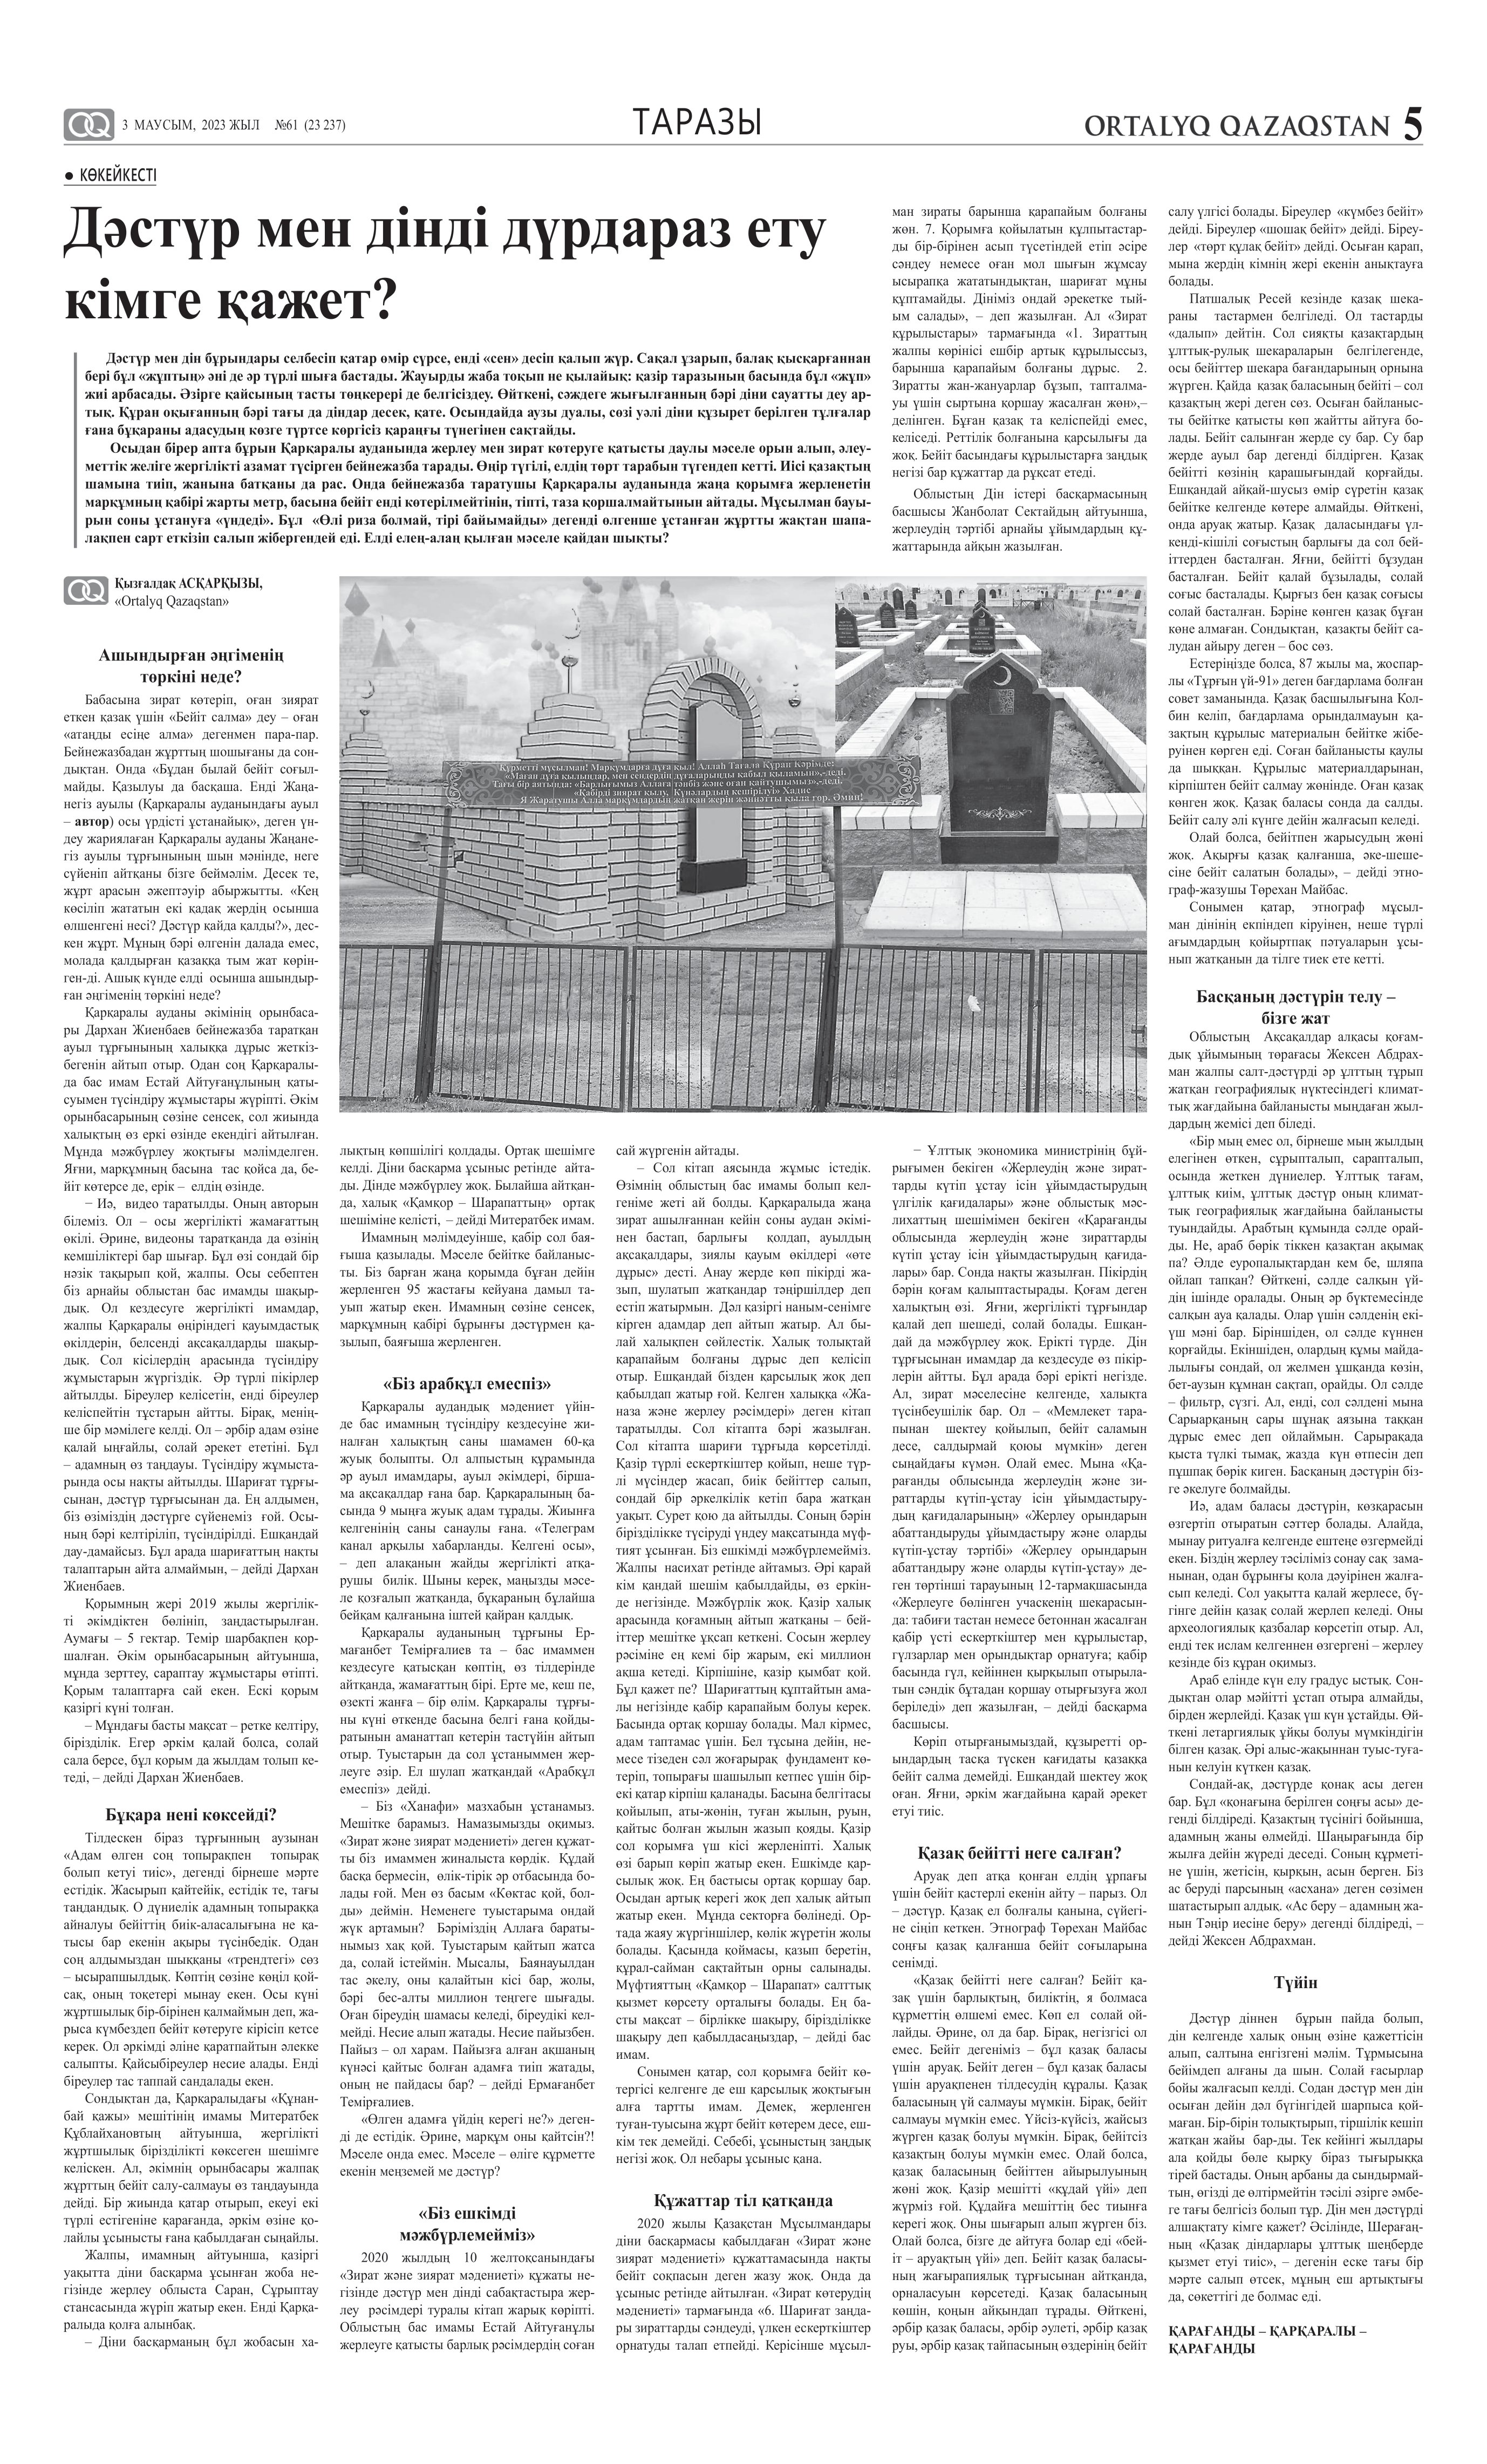
Language: kk